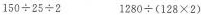
$$1 5 0 \div 2 5 \div 2$$ $$1 2 8 0 \div ( 1 2 8 \times 2 )$$